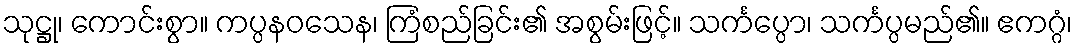
သုဋ္ဌု၊ ကောင်းစွာ။ ကပ္ပနဝသေန၊ ကြံစည်ခြင်း၏ အစွမ်းဖြင့်။ သင်္ကပ္ပော၊ သင်္ကပ္ပမည်၏။ ဧကဂ္ဂံ၊